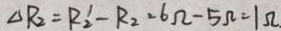
\Delta R _ { 2 } = R _ { 2 } ^ { \prime } - R _ { 2 } = 6 \Omega - 5 \Omega = 1 \Omega _ { \cdot }